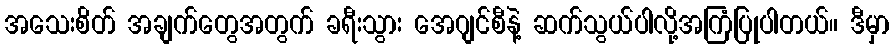
အသေးစိတ် အချက်တွေအတွက် ခရီးသွား အေဂျင်စီနဲ့ ဆက်သွယ်ပါလို့အကြံပြုပါတယ်။ ဒီမှာ